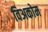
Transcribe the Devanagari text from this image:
विअकोम